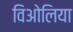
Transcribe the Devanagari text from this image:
विओलिया